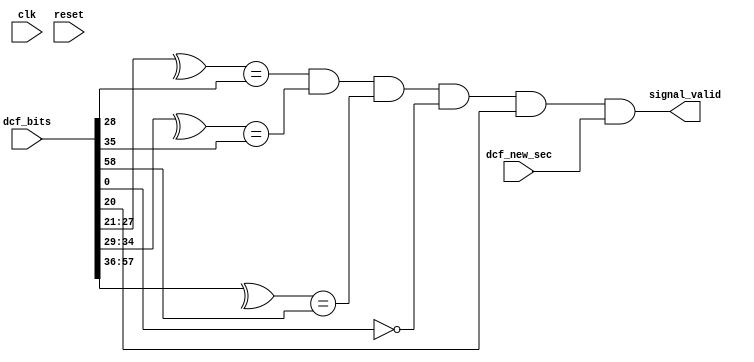
module dcf77_validy_checker #(parameter CLOCK_FREQUENCY = 16000000
			) ( 	
        input wire              clk,       	//Clock
        input wire              reset,          //Reset-Signal
        input wire [58:0] dcf_bits,
	input wire dcf_new_sec,

	output wire signal_valid
);  

  wire parity_min;
  wire parity_hour;
  wire parity_date;

  assign parity_min = (^dcf_bits[27:21] == dcf_bits[28]);
  assign parity_hour = (^dcf_bits[34:29] == dcf_bits[35]);
  assign parity_date = (^dcf_bits[57:36] == dcf_bits[58]);

  assign signal_valid = (parity_min && parity_hour && parity_date && (dcf_bits[0] == 1'b0) && (dcf_bits[20] == 1'b1) && dcf_new_sec);		

  //TODO redundace check with previous data
endmodule